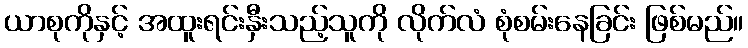
ယာစုကိုနှင့် အထူးရင်းနှီးသည့်သူကို လိုက်လံ စုံစမ်းနေခြင်း ဖြစ်မည်။